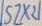
Text: SZX21